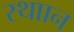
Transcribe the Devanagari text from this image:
स्थाान